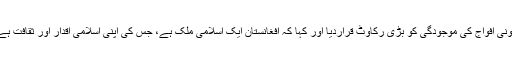
امارتِ اسلامیہ کے نمائندوں نے مسائل کے حل اور حقیقی امن کی برقراری میں بیرونی افواج کی موجودگی کو بڑی رکاوٹ قراردیا اور کہا کہ افغانستان ایک اسلامی ملک ہے، جس کی اپنی اسلامی اقدار اور ثقافت ہے، اسے مدنظر رکھتے ہوئے حقیقی اور افغان شمول حل کے لیے جدوجہد کی جائے۔